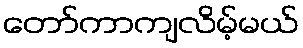
တော်ကာကျလိမ့်မယ်